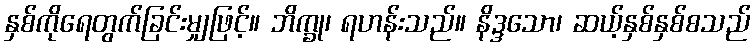
နှစ်ကိုရေတွက်ခြင်းမျှဖြင့်။ ဘိက္ခု၊ ရဟန်းသည်။ နိဒ္ဒသော၊ ဆယ့်နှစ်နှစ်စသည်